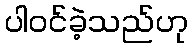
ပါဝင်ခဲ့သည်ဟု